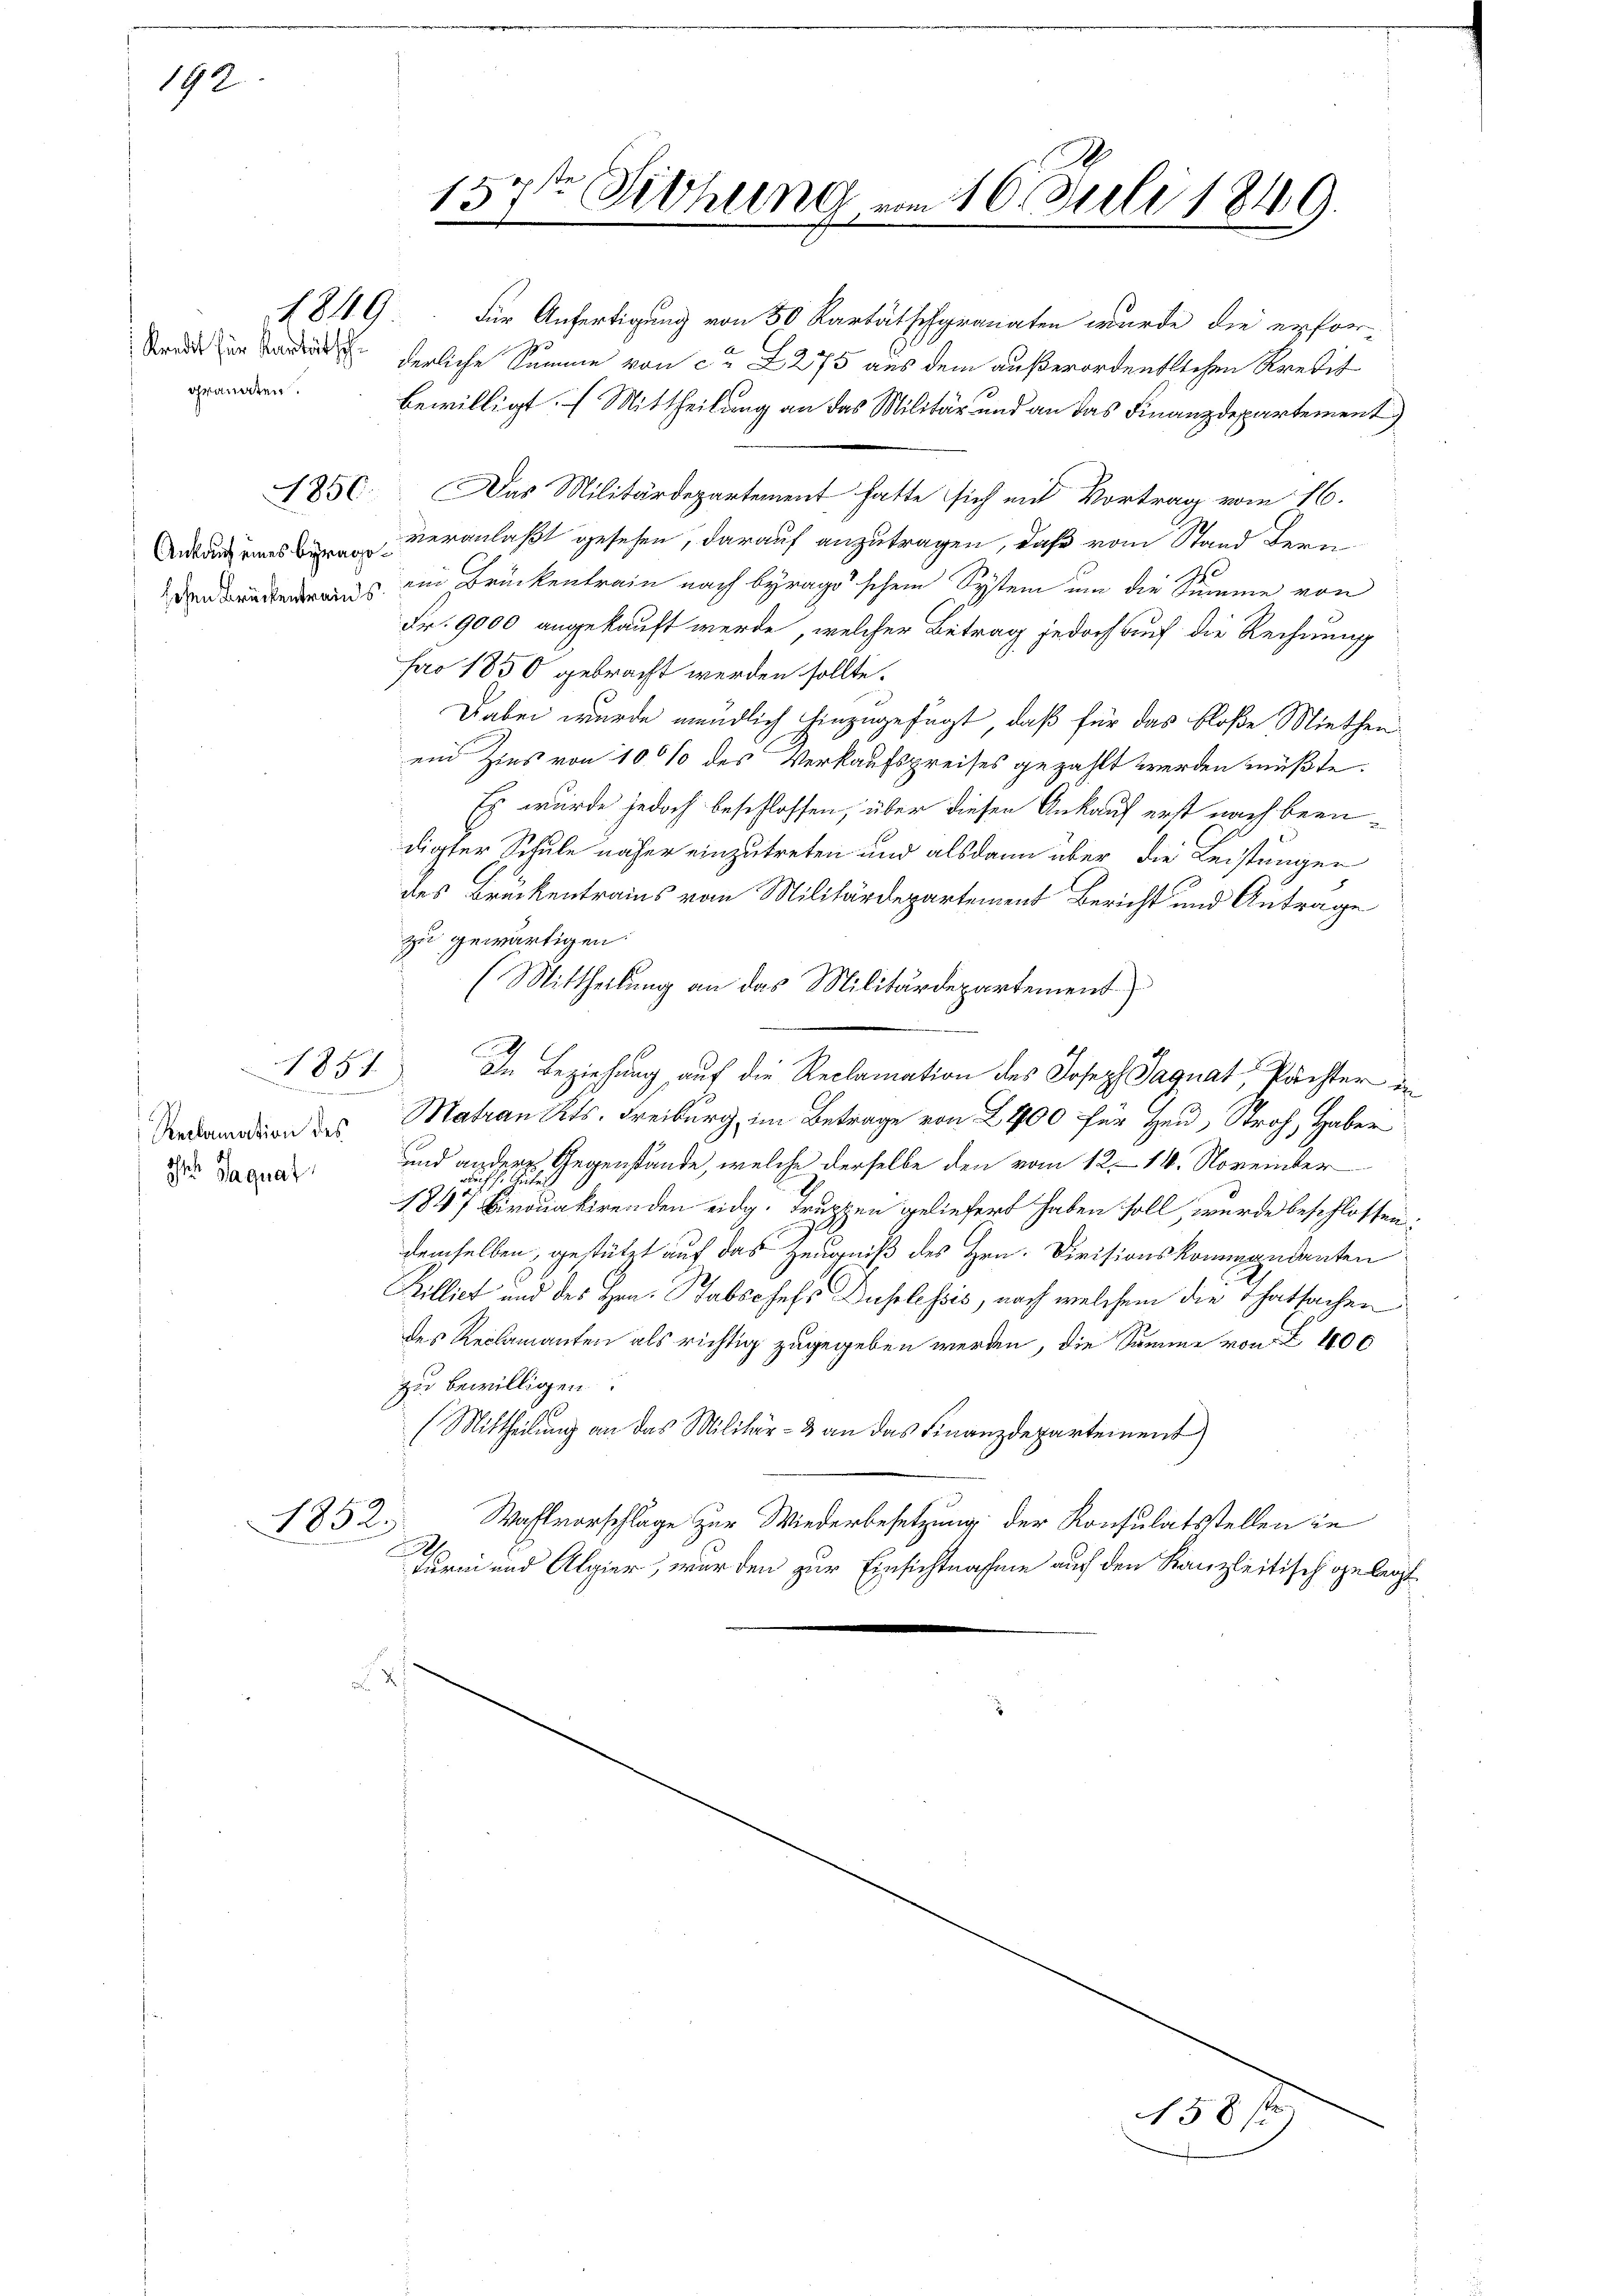
192.

granaten.

185

n
Reclamation des
Ihr Jaquat

1852.

157ten Sichung vom 16. Juli 1849.
.
s

herliche Summe von ca 275 aus dem außerordentlichen Kredit
bewilligt. f Mittheilung an das Militär und an das Finanzdepartement
1850. Das Militärdepartement hatte sich mit Vortrag vom 16.
veranlaßt gesehen, darauf anzutragen, daß vom Stand Bern
2
us ein Brückentrain nach byrago'schein System um die Summe von
Fr. 9000 angekauft werde, welcher Betrag jedoch auf die Rechnung
fao 1850 gebracht werden sollte.
Dabei wurde mündlich hinzugefügt, daß für das bloße Miethen
ein Zins von 100% des Verkaufspreises gezahlt werden müßte.
Es wurde jedoch beschlossen, über diesen Ankauf erst nach beendigter Schule näher einzutreten und alsdann über die Leistungen
2
des Bruckentrains von Militärdepartement Bericht und Antrage
zu gewärtigen.
(Mittheilung an das Militärdepartement
In Beziehung, auf die Reclamation des Joseph Saguat, Pächter in
Matrau Kts. Freiburg im Betrage von 2400 für Heu, Stroh, Haber
und andere Gegenstände, welche derselbe den vom 12. 14. November
1847 Birdakirenden eidg. Truppen geliefert haben soll, wurde beschlossen:
demselben, gestützt auf das Zeugniß des Hrn. Divisionskommandanten
Killiet und des Hrn. Habschefs Duplessis, nach welchem die Thatsachen
des Reclamanten als richtig zugegeben werden, die Summe von § 400
zu bewilligen.
(Mittheilung an das Militär- & an das Finanzdepartement
Wahlvorschlage zur Wiederbesetzung der Konsulatsstellen in
.
Turm und Algier, wurden zur Einsichtnahme auf den Kanzleitisch gelegt

§ 819. Für Anfertigung von 50 Kartätschgranaten wurde die erfor-

58 s